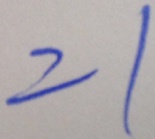
= 1